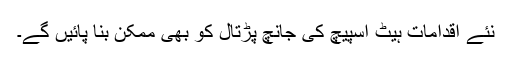
نئے اقدامات ہیٹ اسپیچ کی جانچ پڑتال کو بھی ممکن بنا پائیں گے۔